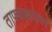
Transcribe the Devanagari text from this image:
ताफ्याबरोबर